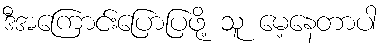
ဒီအကြောင်းပြောပြဖို့ သူ မေ့နေတာပါ